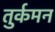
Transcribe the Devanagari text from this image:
तुर्कमन